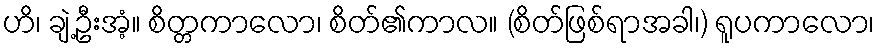
ဟိ၊ ချဲ့ဦးအံ့။ စိတ္တကာလော၊ စိတ်၏ကာလ။ (စိတ်ဖြစ်ရာအခါ၊) ရူပကာလော၊